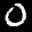
Label: 0